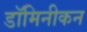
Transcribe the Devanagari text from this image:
डॉमिनीकन